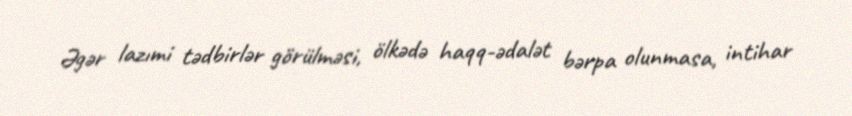
Əgər lazımi tədbirlər görülməsi, ölkədə haqq-ədalət bərpa olunmasa, intihar